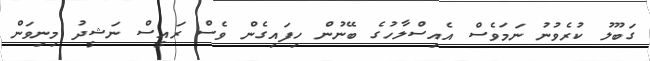
ގަބޫލު ކުރެވުނު ނަމަވެސް އެއިސްލާހުގެ ބޭނުން ހިފައިގެން ވެސް ރައީސް ނަޝީދު މިނިވަން